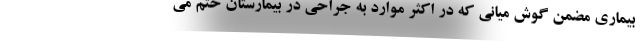
بیماری مضمن گوش میانی که در اکثر موارد به جراحی در بیمارستان ختم می